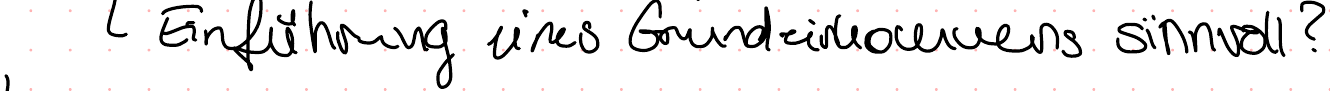
Einführung eines Grundeinkommens sinnvoll?